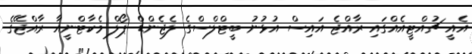
އެއީ ޗުއްޓީއެއްގައި ރާއްޖެ އައިސް އުޅުނު ބީޓްލްސްގެ ލެޖެންޑް ޕޯލް މެކާޓްނީއާ ރާއްޖޭގެ